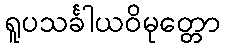
ရူပသင်္ခါယဝိမုတ္တော